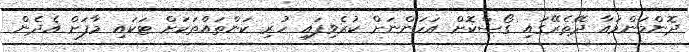
ދޮންމަންމައާ ދޭތެރޭގައި ގޯސްކޮށް އަހަންނަށް ކުރެވިފައި ހުރި ކަންތައްތަކަށް ޓަކައި މާފަށް އެދެން